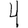
Digit: 4